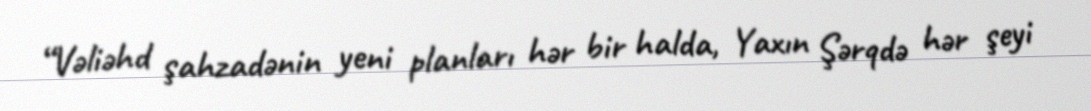
“Vəliəhd şahzadənin yeni planları hər bir halda, Yaxın Şərqdə hər şeyi